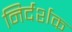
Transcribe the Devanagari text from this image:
निर्दर्शक